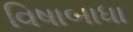
વિષાબાધા